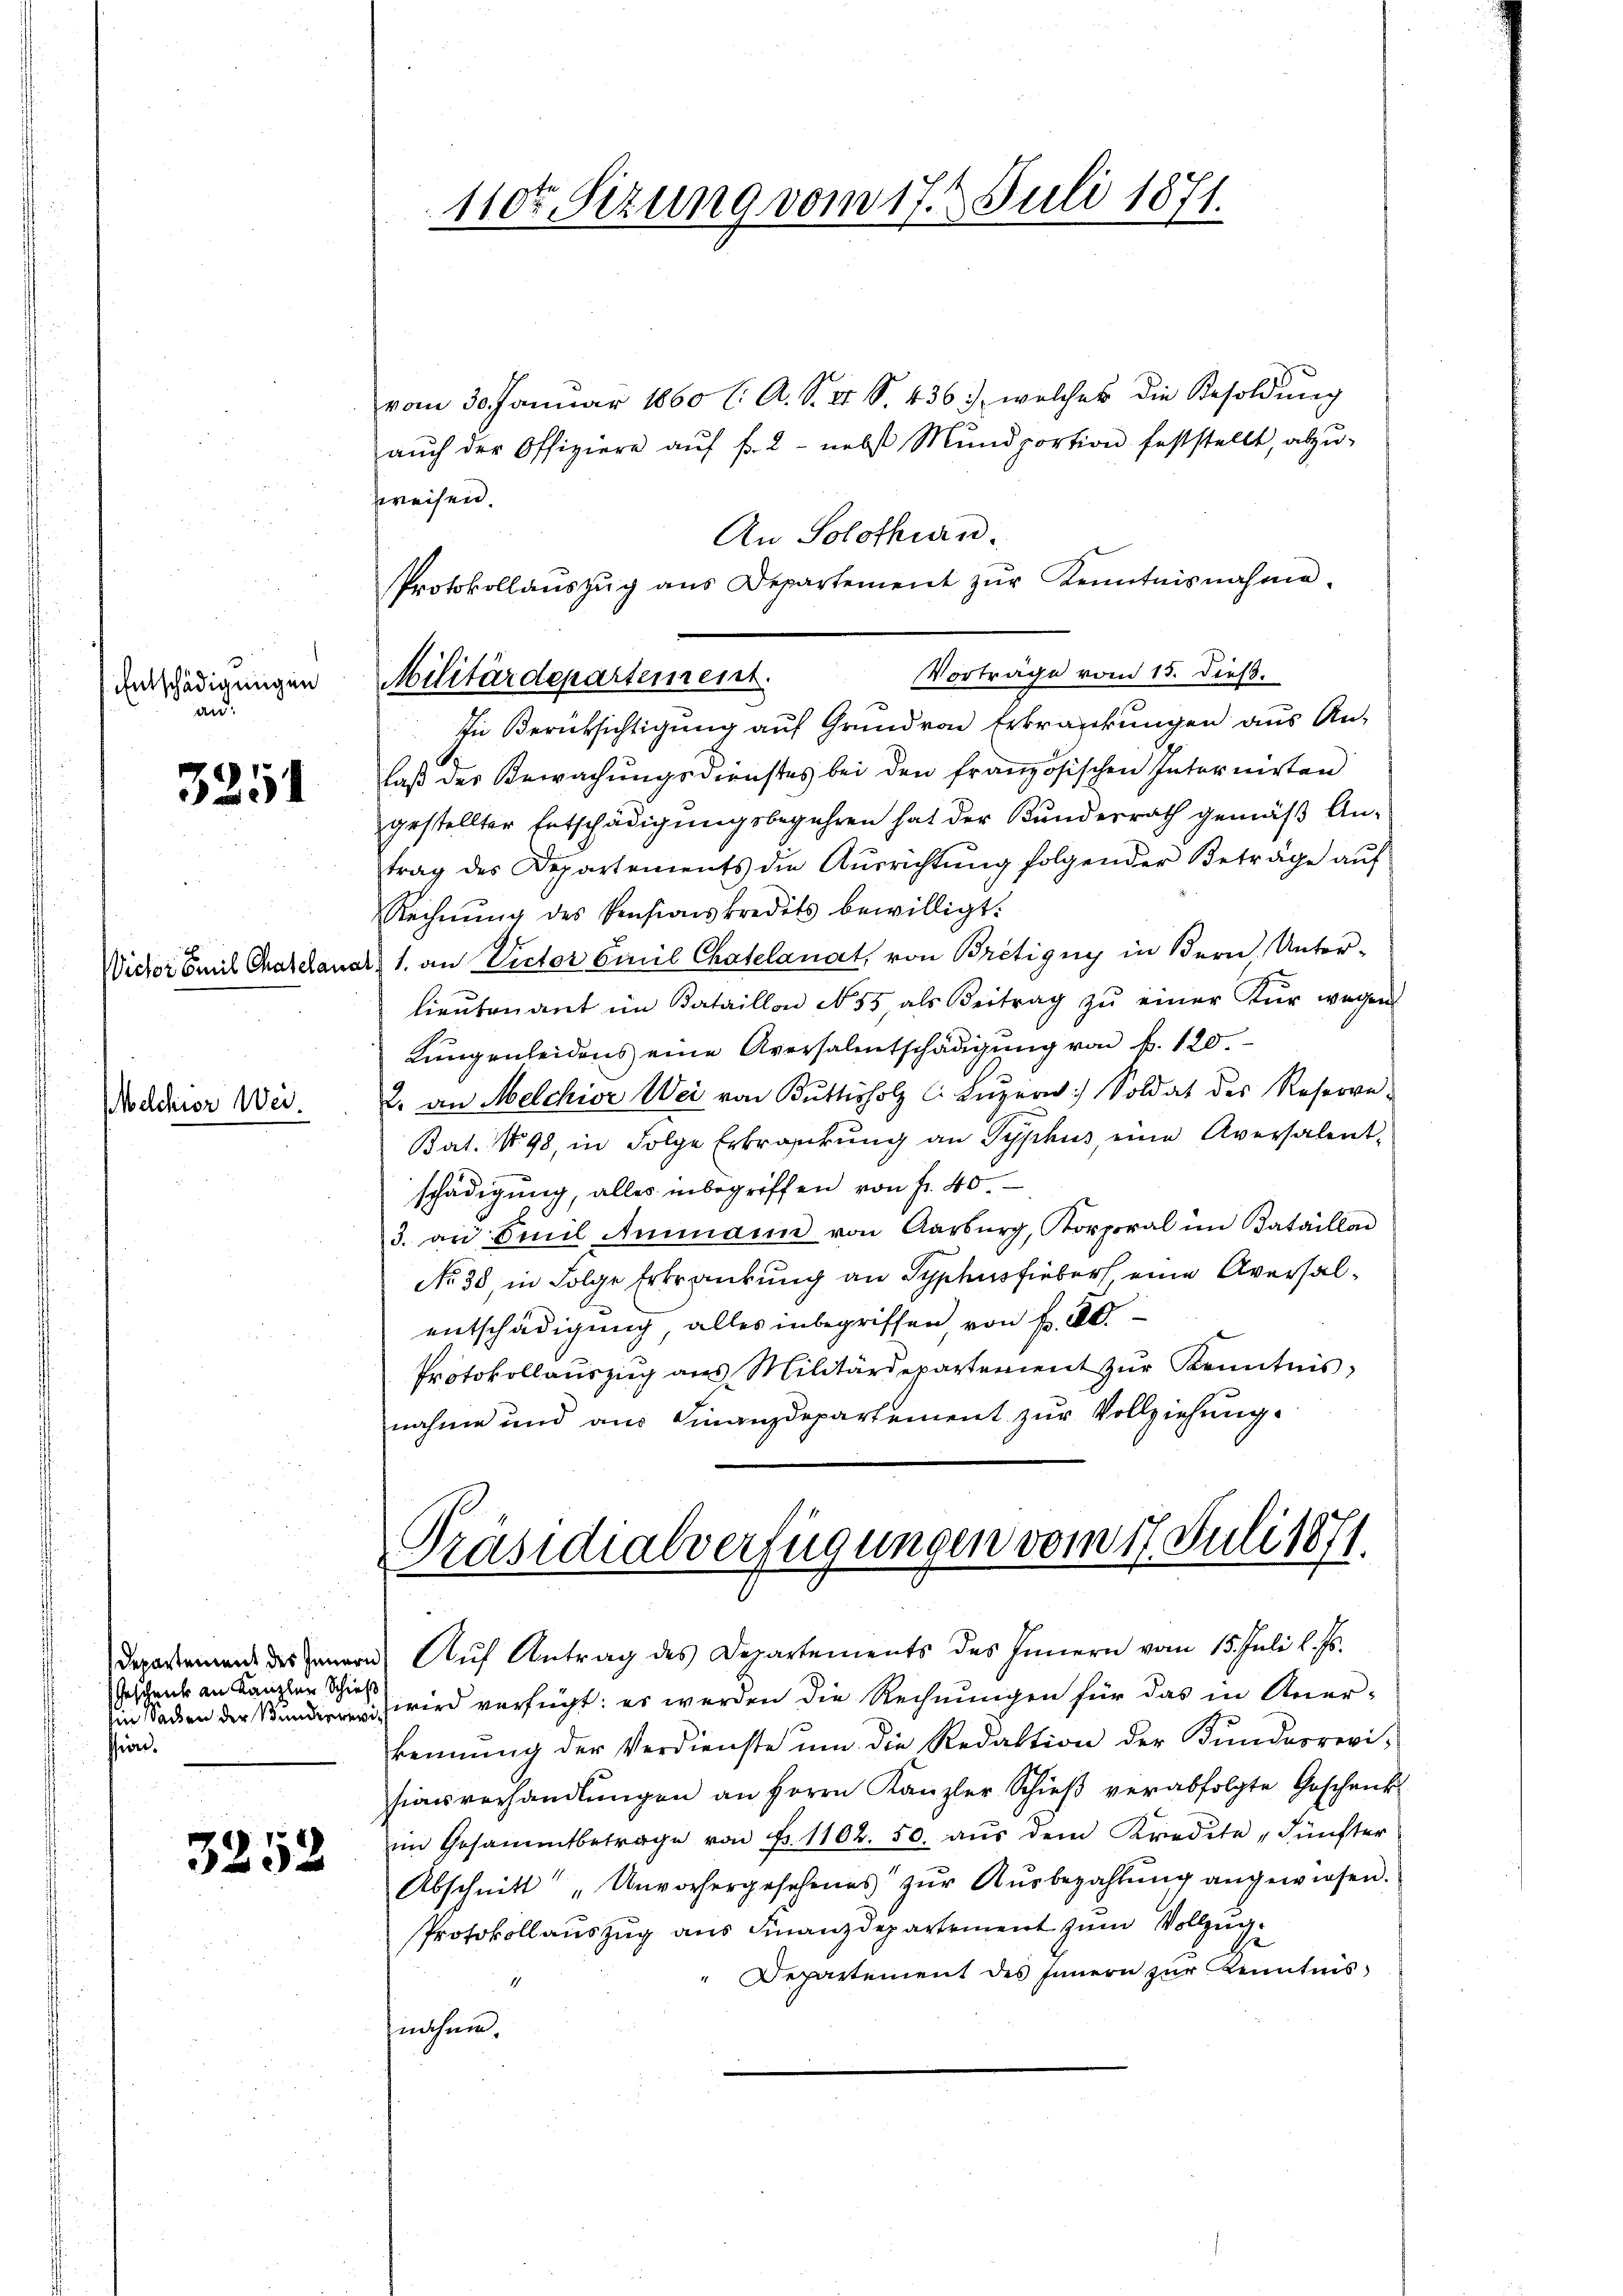
Entschädigungen
an:

3251

Wictor Emil Chatelana

Melchior Wei¬

Geschenk an Kanzler Schieß
Ein Sacken der Stunderneri
ssion.

3252

Militärdepartement.

110ten Sizung vom 17. Juli 1871.

vom 30. Januar 1860 l. A. S. II S. 436, welches die Besoldung
aŭch der Offiziere aŭf f. 2 nebst Mŭndportion feststellt, abzŭ-
sweisen.
An Solothurn.
Protokollaŭszŭg ans Departement zŭr Kenntnisnahme.
Vorträge vom 15. dieß.
In Berücksichtigung auf Grund von Erkrankungen aus An-
laß der Bewachungsdienstes bei den französischen Internirten
gestellter Entschädigungsbegehren hat der Kundesrath gemäß Antrag des Departements die Aŭsrichtŭng folgender Beträge aŭf
Rechnŭng des Pensionskredits bewilligt.
1. an Victor Emil Chatelanat, von Bretigny in Bern, Unterlieŭtenant im Kataillon N. 55, als Beitrag zŭ einer Kür wegen
Lungenleidens eine Aversalentschädigŭng von f. 120.
2. an Melchior Wei von Buttisholz C. Luzern) Soldat des Reserve-
Bat. No 98, in Folge Erkrankŭng an Typhus, eine Aversalent-
schädigung, alles inbegriffen von fr. 40.
3. an Emil Ammann von Aarburg, Korporal im Bataillon
No 30, in Folge Erkrankung an Syphusfieber, eine Aversalentschädigung, alles inbegriffen, von f. 20.
Protokollaŭszŭg ans Militärdepartement zŭr Kenntnis
nahme und aus Finanzdepartement zur Vollziehung.

Präsidialverfügungen vom 17. Juli 1871.
Departement des Innern Auf Antrag des Departements des Innern vom 15. Juli l. Js.

zwird verfügt: es werden die Rechnungen für das in Anerkennung der Verdienste ŭm die Redaktion der Bŭndesrevi-
sionsverhandlŭngen an Herrn Kanzler Schieβ verabfolgte Geschenk
im Gesammtbetrage von Fr. 1102. 50. aŭs dem Kredite "Fünfter
Abschnitt "Unvorhergesehenes zŭr Aŭsbezahlŭng angewiesen.
Protokollauszug aus Finanzdepartement zum Vollzug
Departement des Innern zur Kenntnis
1
Einthum.